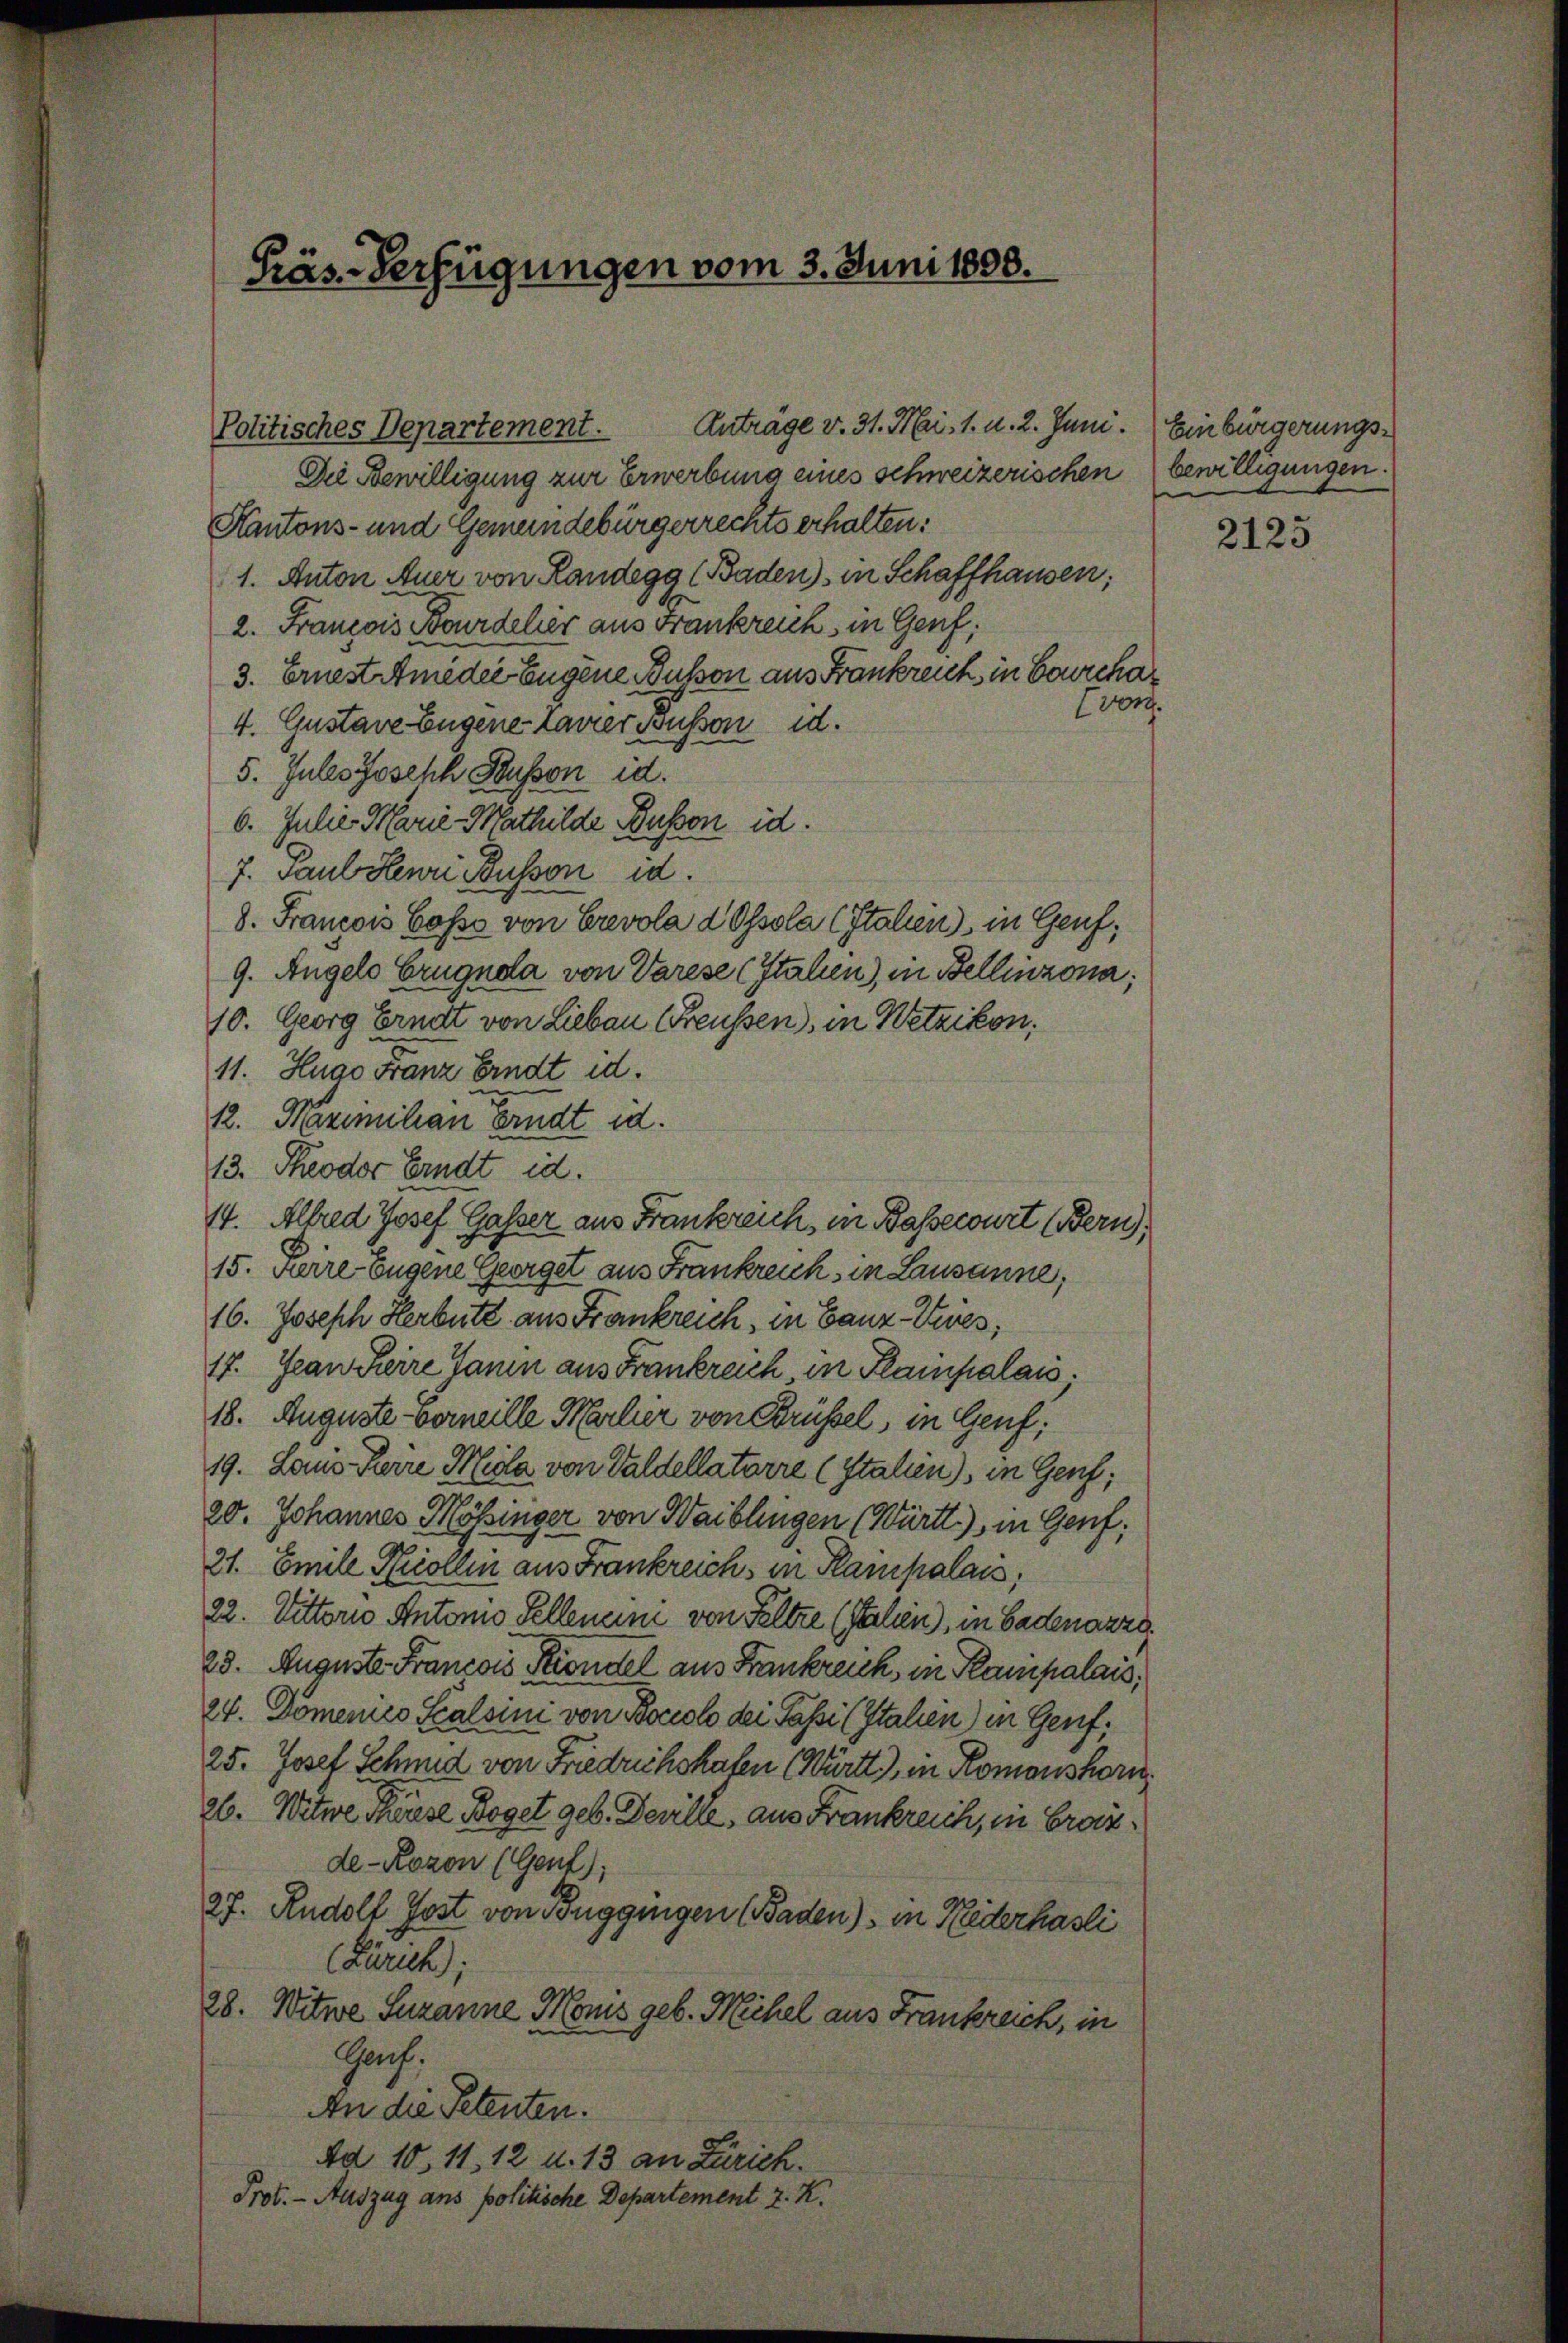
Präs-Verfügungen vom 3. Juni 1808.

Anträge v. 31. Mai. 1. d. 2. Juni.
Politisches Departement.

Die Bewilligung zur Erwerbung eines schweizerischen bewilligungen.
Kantons- und Gemeindebürgerrechts erhalten:
1. Anton Auer von Randegg (Baden) in Schaffhausen,
2. Franzows Bourdelier aus Frankreich in Genf,
3. Ernest Amieder Eugene Busson aus Frankreich in Bourcha¬
Evon.
4. Gustave Eugene Laurer Busson d.
5. Jules Joseph Husson id.
6. Julie - Marie Mathilde Busson id.
7. Paul Henri Fusson id.
8. Francois Coss von Crevola d Ossola (Italien), in Genf,
9. Angels Crugnola von Varese (Italien), in Bellinzona;
10. Georg Erndt von Lieben Freussen), in Wetzikon,
11. Hugo Franz Erndt id.
22. Nazimihen Erndt od.
13. Theodor Erndt id.
14. Alfred Josef Gasser aus Frankreich, in Bassecourt (Bern),
15. Ferre Eugene Georget aus Frankreich in Lausanne,
16. Joseph Herbett aus Frankreich, in Ganz-Kives,
17. Jean Reire Janin aus Frankreich in Kampalais,
18. Auguste Corneille Merlier von Brüssel, in Genf,
19. Laus Herre Mila von Waldellatarre (Italien), in Genf;
20. Johannes Mössinger von Waiblingen (Württ.), in Genf,
21. Emile Nicollen aus Frankreich in Plainpalais,
22. Vittorio Antonio Sellenen von Feltze (Sachen), in Badenarze
23. Auguste Francois Kindel aus Frankreich, in Kampalais,
24. Domenico Scalsini von Boccolo dei Päsi (Stahlen) in Genf,
25. Josef Schmid von Friedrichshafen (Württ.), in Romanshorn
26. Witwe Therese Boget geb. Deville, aus Frankreich, in Grazde-Rozon (Gent);
27. Rudolf Jost von Buggingen (Baden) in Rederhasli
(Zürich;
28. Witwe Suzanne Monis geb. Michel aus Frankreich, in
Gauf.
An die Petenten.
Ad 10, 11, 12 u. 13 an Zürich.
Prot. - Auszug ans politische Departement z. K.

Einbürgerungs¬

2125